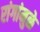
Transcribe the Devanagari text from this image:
रांगांमुळे